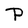
Character: P